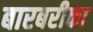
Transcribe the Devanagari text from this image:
बारबरीका